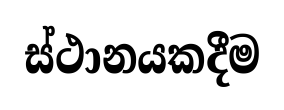
ස්ථානයකදීම